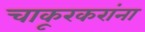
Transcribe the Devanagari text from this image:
चाकूरकरांना